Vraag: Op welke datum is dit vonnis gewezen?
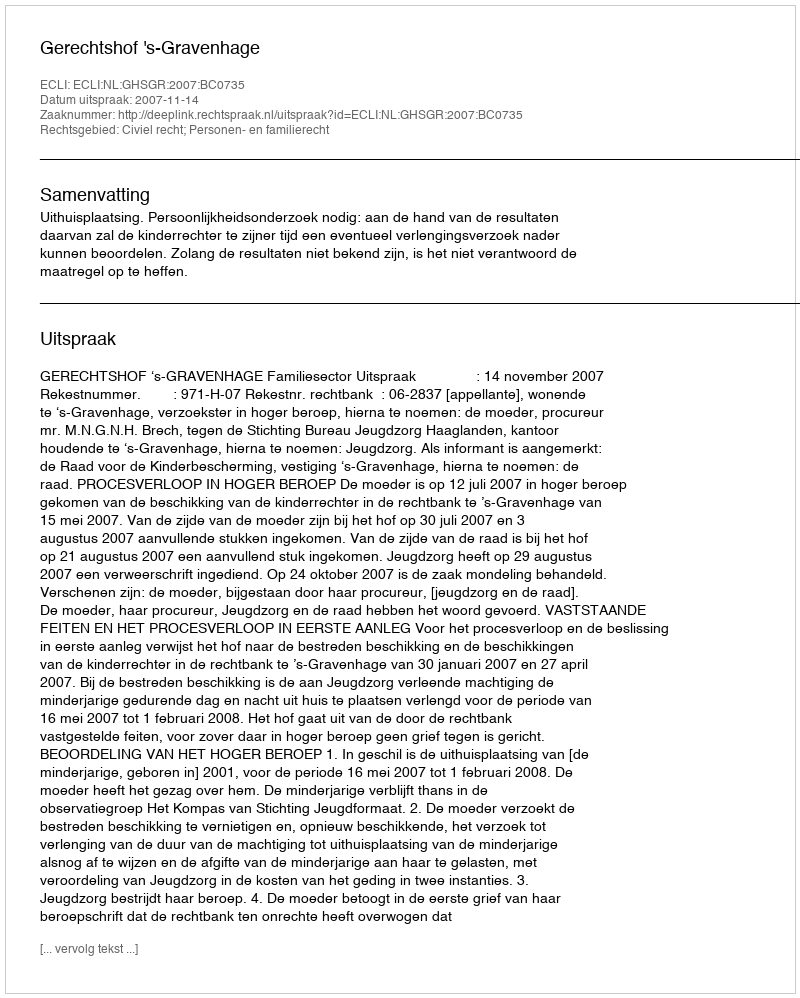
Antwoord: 2007-11-14